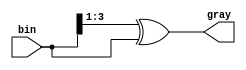
// This program was cloned from: https://github.com/huangxc6/verilog_practice
// License: MIT License

module bin_to_gray #(
	parameter SIZE = 4
	)(
	input wire [SIZE-1 : 0] bin ,

	output wire [SIZE-1 : 0] gray
);

	assign gray = (bin >> 1) ^ bin ;

endmodule